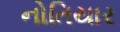
નોતિયાર